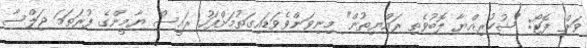
ވަން ފޮޓޯ: "ޝުކުރިއްޔާ ލޮބުވެތި ރައްޔިތުން" މިނިވަންވެވަޑައިގަތުމަށްފަހު ރައީސް ޔާމީންގެ ފުރަތަމަ ޖަލްސާ